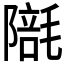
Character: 𣯱